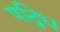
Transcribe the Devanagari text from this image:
षद्विध